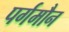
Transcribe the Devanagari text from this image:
पर्गमौन